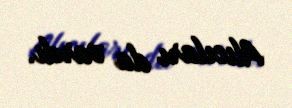
Alıcıları da vardı.